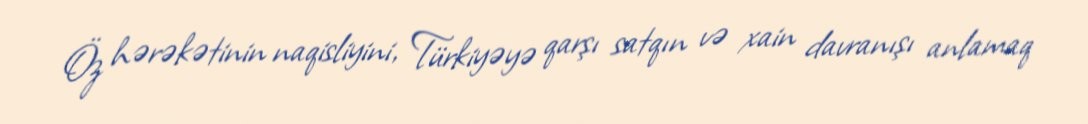
Öz hərəkətinin naqisliyini, Türkiyəyə qarşı satqın və xain davranışı anlamaq